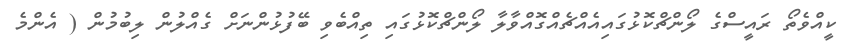
ކީއްވެތޯ ރައީސްގެ ލޯންޗްކޮޅުގައިއެއްޗެއްގޮއްވާލާ ލޯންޗްކޮޅުގައި ތިއްބެވި ބޭފުޅުންނަށް ގެއްލުން ލިބުމުން ( އެންމެ